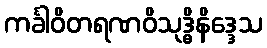
ကင်္ခါဝိတရဏဝိသုဒ္ဓိနိဒ္ဒေသ